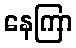
နေကြာ